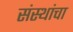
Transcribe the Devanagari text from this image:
संस्‍थांचा